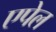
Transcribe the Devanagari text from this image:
एपेल